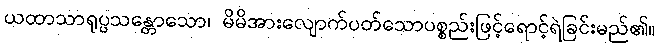
ယထာသာရုပ္ပသန္တောသော၊ မိမိအားလျောက်ပတ်သောပစ္စည်းဖြင့်ရောင့်ရဲခြင်းမည်၏။